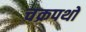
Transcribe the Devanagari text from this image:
चक्रपथों